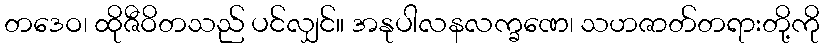
တဒေဝ၊ ထိုဇီဝိတသည် ပင်လျှင်။ အနုပါလနလက္ခဏေ၊ သဟဇာတ်တရားတို့ကို